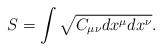
LaTeX: \begin{align*} S=\int\sqrt{C_{\mu\nu} dx^\mu dx^\nu}.\end{align*}